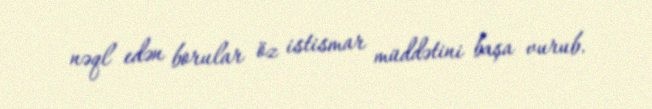
nəql edən borular öz istismar müddətini başa vurub.